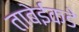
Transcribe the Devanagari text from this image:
ताबेईकडे